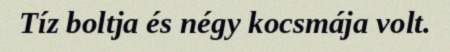
Tíz boltja és négy kocsmája volt.